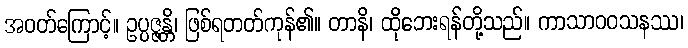
အဝတ်ကြောင့်။ ဥပ္ပဇ္ဇန္တိ၊ ဖြစ်ရတတ်ကုန်၏။ တာနိ၊ ထိုဘေးရန်တို့သည်။ ကာသာဝဝသနဿ၊